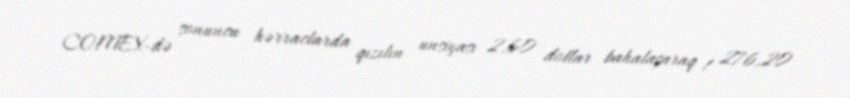
COMEX-də sonuncu hərraclarda qızılın unsiyası 2,60 dollar bahalaşaraq 1 276,20